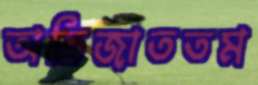
অভিজাততম